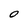
Character: O